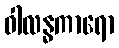
ဝါလန္ဓကာရော